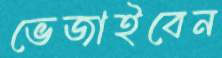
ভেজাইবেন